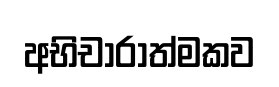
අභිචාරාත්මකව